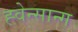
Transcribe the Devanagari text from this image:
ह्वेन्सान्ग